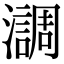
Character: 𤂂